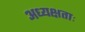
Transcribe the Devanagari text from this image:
अध्यक्षताः